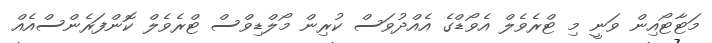
މަޓާޓޯއިން ވަނީ މި ޓްރެވެލް އެވޯޑްގެ އެއްދުވަސް ކުރިން މޯލްޑިވްސް ޓްރެވެލް ކޮންފަރެންސްއެއް